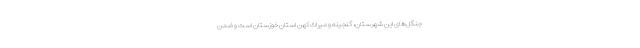
جنگل‌های این شهرستان، گنجینه و میراث کهن استان خوزستان است و ضمن